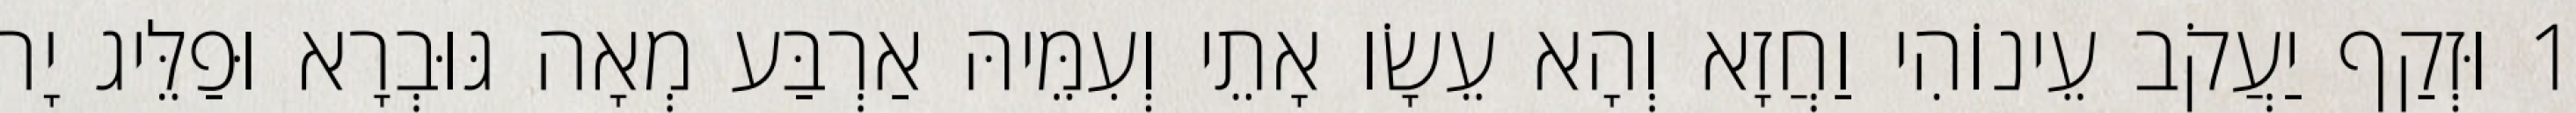
1 וּזְקַף יַעֲקֹב עֵינוֹהִי וַחֲזָא וְהָא עֵשָׂו אָתֵי וְעִמֵּיהּ אַרְבַּע מְאָה גּוּבְרָא וּפַלֵּיג יָת